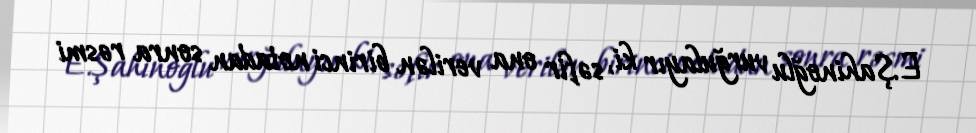
E.Şahinoğlu vurğulayır ki, səfir ona verilən birinci notadan sonra rəsmi